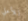
للأعلي